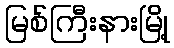
မြစ်ကြီးနားမြို့